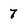
Character: 7